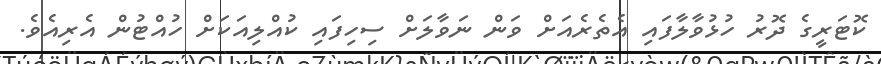
ކޮޓަރީގެ ދޮރު ހުޅުވާލާފައި އެތެރެއަށް ވަން ނަވާލަށް ސިހިފައި ކުއްލިއަކަށް ހުއްޓުން އެރިއެވެ.